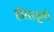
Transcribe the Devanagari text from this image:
हीरेसग्रुप्पे